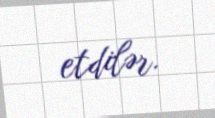
etdilər.